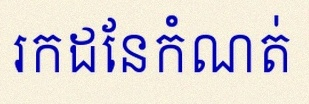
រកដែនកំណត់